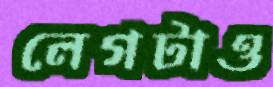
লেগটাও